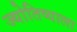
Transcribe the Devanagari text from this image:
ज्योतिष्याला